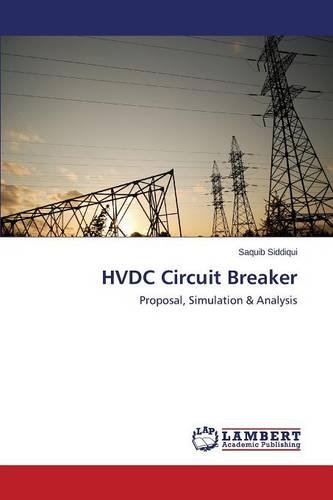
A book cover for HVDC Circuit Breaker: Proposal, Simulation & Analysis; Saquib Siddiqui; Science & Math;